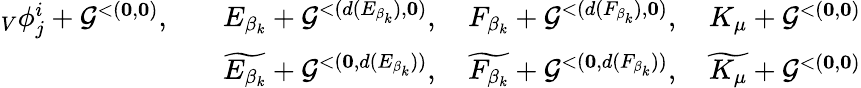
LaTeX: \begin{array}{rl}{_V\phi_{j}^{i}+\mathcal{G}^{<(\mathbf{0},\mathbf{0})},\quad}&{E_{\beta_{k}}+\mathcal{G}^{<(d(E_{\beta_{k}}),\mathbf{0})},\quad F_{\beta_{k}}+\mathcal{G}^{<(d(F_{\beta_{k}}),\mathbf{0})},\quad K_{\mu}+\mathcal{G}^{<(\mathbf{0},\mathbf{0})}}\\ &{\widetilde{E_{\beta_{k}}}+\mathcal{G}^{<(\mathbf{0},d(E_{\beta_{k}}))},\quad\widetilde{F_{\beta_{k}}}+\mathcal{G}^{<(\mathbf{0},d(F_{\beta_{k}}))},\quad\widetilde{K_{\mu}}+\mathcal{G}^{<(\mathbf{0},\mathbf{0})}}\end{array}